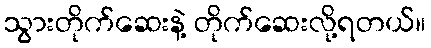
သွားတိုက်ဆေးနဲ့ တိုက်ဆေးလို့ရတယ်။